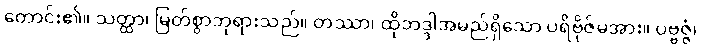
တောင်း၏။ သတ္ထာ၊ မြတ်စွာဘုရားသည်။ တဿာ၊ ထိုဘဒ္ဒါအမည်ရှိသော ပရိဗိုဇ်မအား။ ပဗ္ဗဇ္ဇံ၊